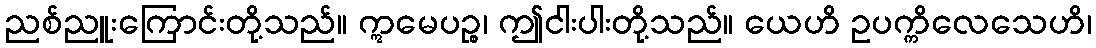
ညစ်ညူးကြောင်းတို့သည်။ ဣမေပဉ္စ၊ ဤငါးပါးတို့သည်။ ယေဟိ ဥပက္ကိလေသေဟိ၊